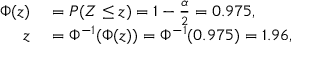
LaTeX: \begin{array} { r l } { \Phi ( z ) } & { { } = P ( Z \leq z ) = 1 - { \frac { \alpha } { 2 } } = 0 . 9 7 5 , } \\ { z } & { { } = \Phi ^ { - 1 } ( \Phi ( z ) ) = \Phi ^ { - 1 } ( 0 . 9 7 5 ) = 1 . 9 6 , } \end{array}